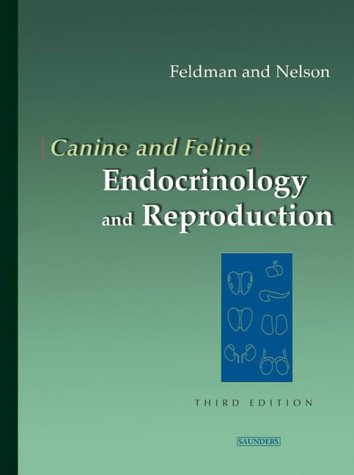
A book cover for Canine and Feline Endocrinology and Reproduction, Third Edition; Edward C. Feldman DVM  DACVIM; Medical Books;